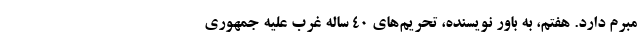
مبرم دارد. هفتم، به باور نویسنده، تحریم‌های ۴۰ ساله غرب علیه جمهوری